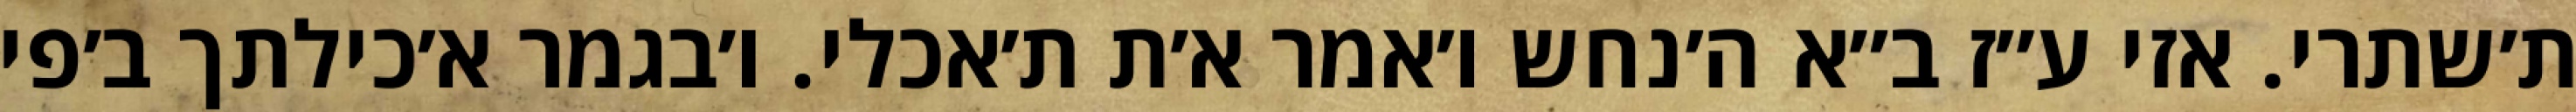
ת׳שתרי. אזי ע״ז ב״א ה׳נחש ו׳אמר א׳ת ת׳אכלי. ו׳בגמר א׳כילתך ב׳פי